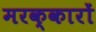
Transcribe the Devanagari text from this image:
मरक्कारों